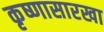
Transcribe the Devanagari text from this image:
कृष्णासारखा